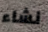
نشاء